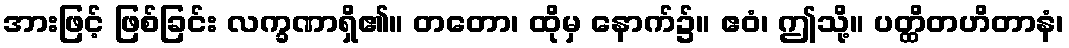
အားဖြင့် ဖြစ်ခြင်း လက္ခဏာရှိ၏။ တတော၊ ထိုမှ နောက်၌။ ဧဝံ၊ ဤသို့။ ပတ္ထိတဟိတာနံ၊